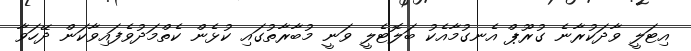
އިޓަލީ ވާދަކުރާނެ ގުރޫޕް އެނގުމާއެކު ބަލޮޓެލީ ވަނީ މުބާރާތުގައި ކުޅެން ކެތްމަދުވެފައިވާކަން ދޭހަވާ